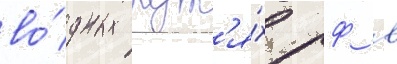
во́дных пут'я́х рф в